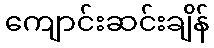
ကျောင်းဆင်းချိန်